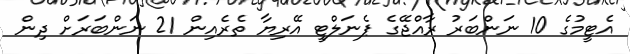
އެޓީމުގެ 10 ނަންބަރު ރާއްޖޭގެ ޕެނަލްޓީ އޭރިޔާ ތެރެއިން 21 ނަންބަރަށް ދިން